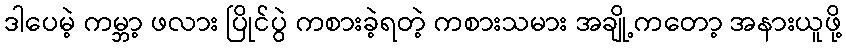
ဒါပေမဲ့ ကမ္ဘာ့ ဖလား ပြိုင်ပွဲ ကစားခဲ့ရတဲ့ ကစားသမား အချို့ကတော့ အနားယူဖို့